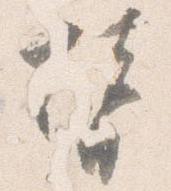
替